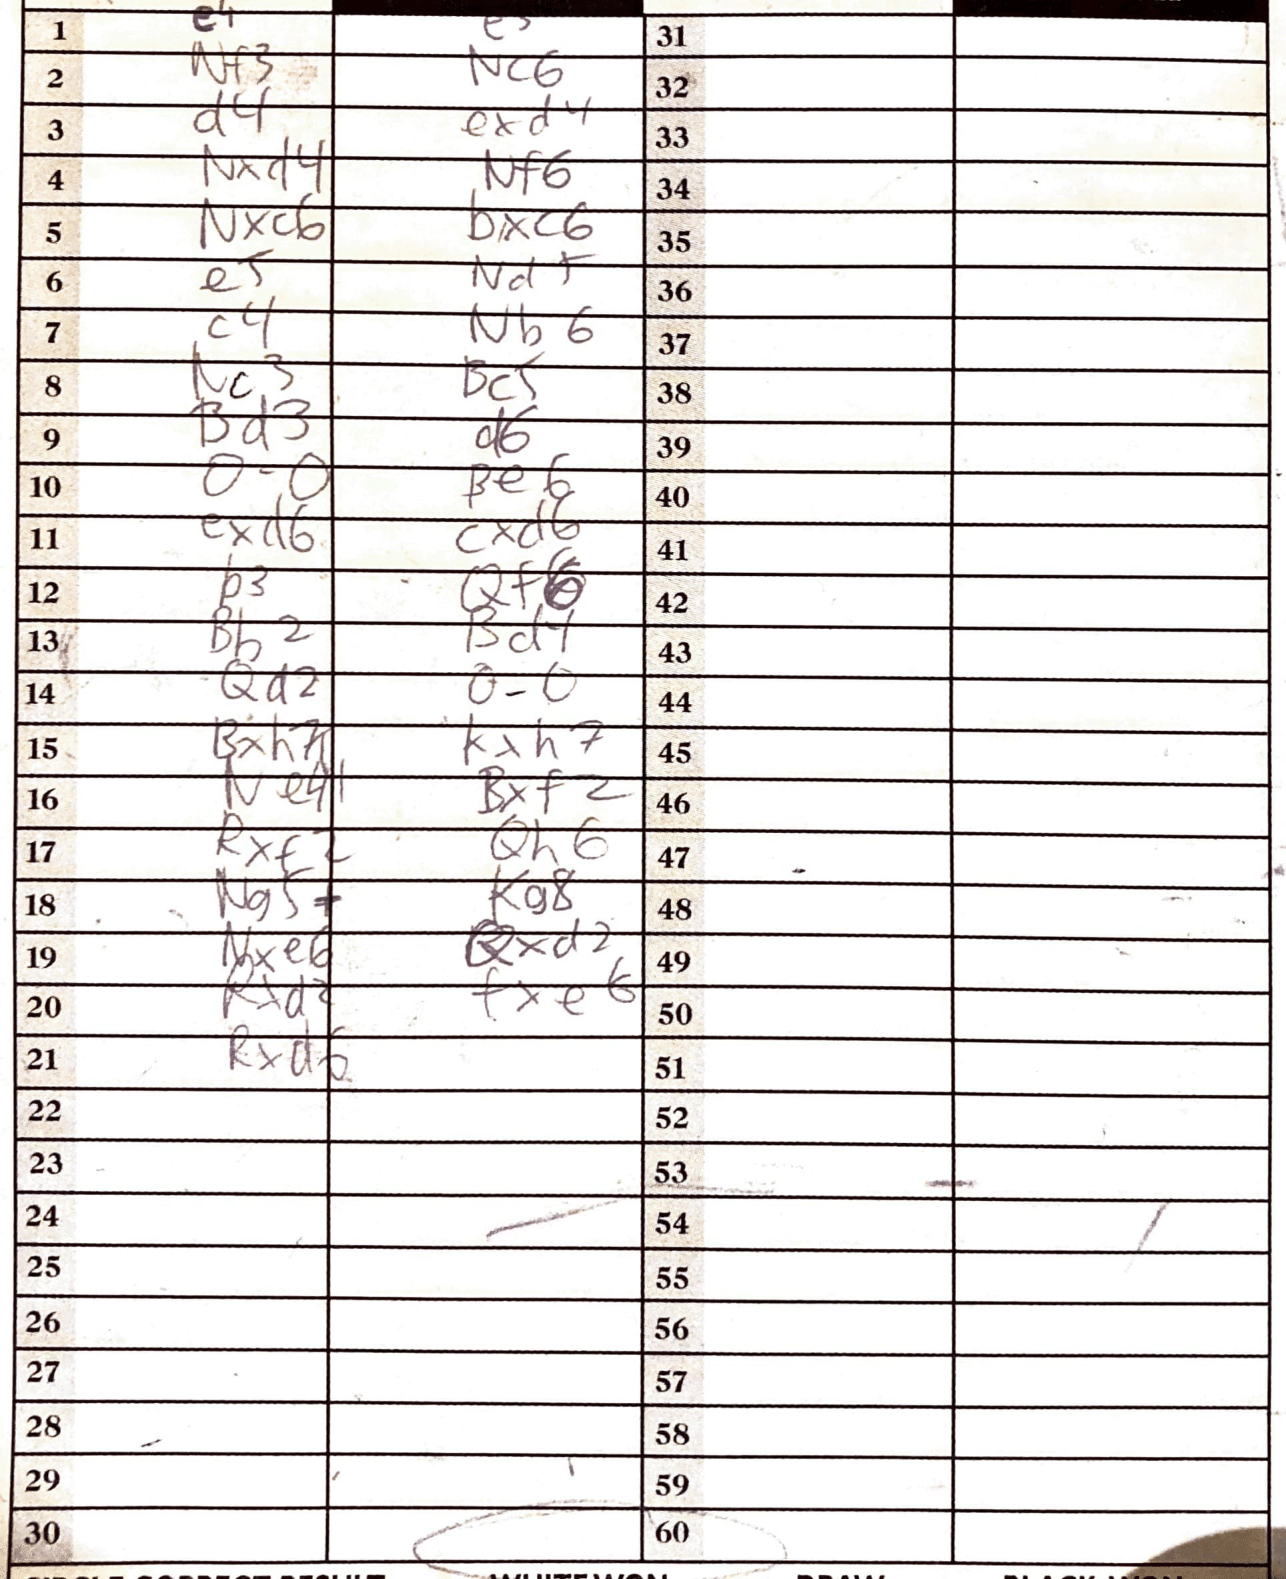
Moves: Nxd4 Nf6 Nxc6 bxc6 e5 c4 Nb6 Nc3 Bc5 Bd3 d6 O-O Be6 exd6 b3 Bb2 Bd1 Qd2 O-O Kxh7 Bxf2 Rxf2 Qh6 Kg8 Nxe6 Qxd2 Rxd2